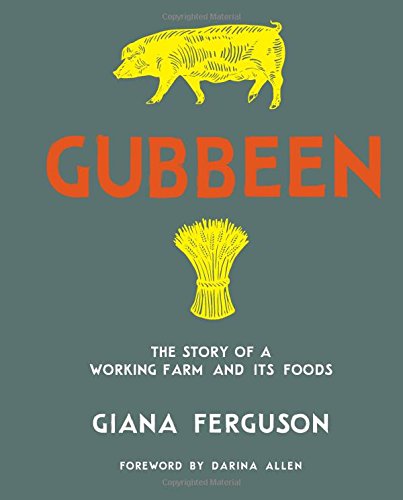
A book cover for Gubbeen: The Story of a Working Farm and Its Foods; Giana Ferguson; Cookbooks, Food & Wine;